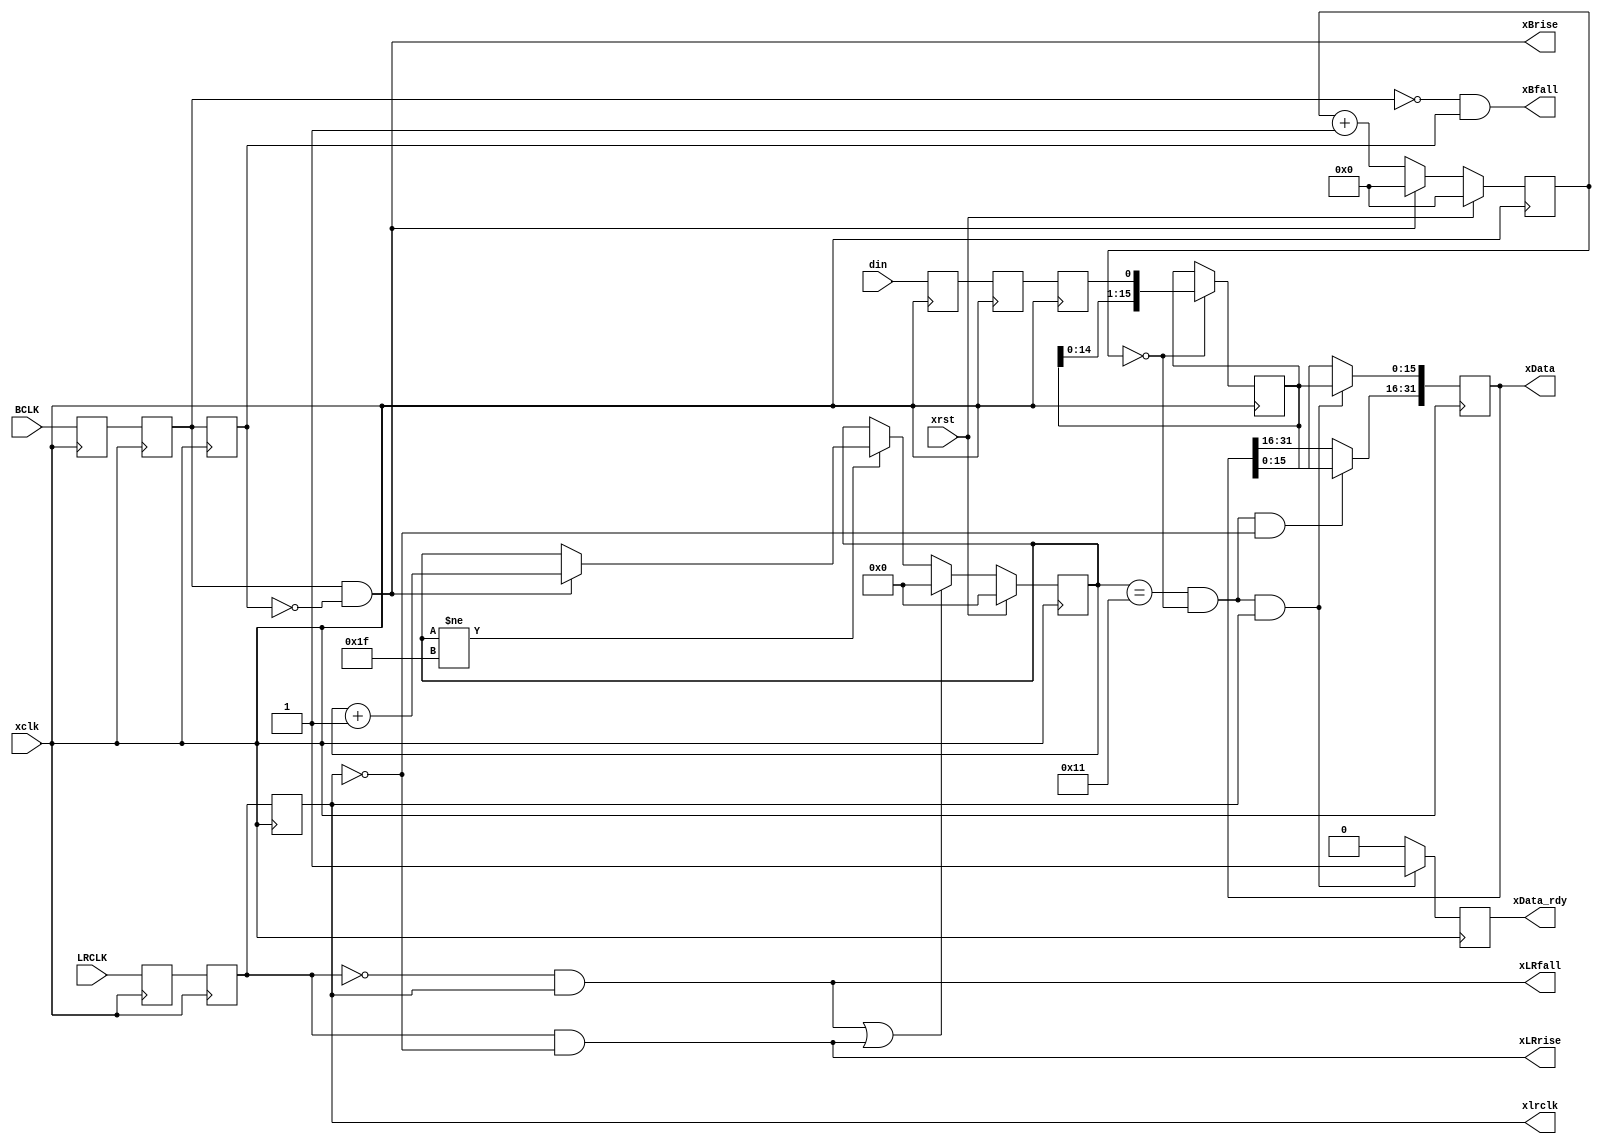
// Copyright 2009  Kirk Weedman KD7IRS 
//
//  HPSDR - High Performance Software Defined Radio
//
//  Mercury to Atlas bus interface.
//
//
//  This program is free software; you can redistribute it and/or modify
//  it under the terms of the GNU General Public License as published by
//  the Free Software Foundation; either version 2 of the License, or
//  (at your option) any later version.
//
//  This program is distributed in the hope that it will be useful,
//  but WITHOUT ANY WARRANTY; without even the implied warranty of
//  MERCHANTABILITY or FITNESS FOR A PARTICULAR PURPOSE.  See the
//  GNU General Public License for more details.
//
//  You should have received a copy of the GNU General Public License
//  along with this program; if not, write to the Free Software
//  Foundation, Inc., 59 Temple Place, Suite 330, Boston, MA  02111-1307  USA
//
// Change log:
//
// 25 Jan 2009 - first version
//
// This is a parameterized module
//
// xLData and xRData are all generated synchronously to xclk.
// Since BCLK and LRCLK are not synchronous to xclk they will be double buffered to
// to the xclk domain
//
`timescale 1 ns/100 ps

module I2S_rcv (xrst, xclk, xlrclk, xBrise, xBfall, xLRrise, xLRfall,
                xData, xData_rdy, BCLK, LRCLK, din);
parameter DATA_BITS = 32;           // size of left plus right data - MUST be EVEN number!
parameter BCNT      = 1;            // which b_clk, after lr_clk goes low, to start using
parameter DSTRB     = 0;            // which position in b_clk to grab data
// BCNT and DS can fine tune where we capture

localparam XS = DATA_BITS;
localparam DS = DATA_BITS/2;        // size of left/right data
localparam SS = clogb2(DS+BCNT+1);  // number of bits to hold range from 0 - ((DS+BCNT+1)-1)

input   wire          xrst;         // reset
input   wire          xclk;
output  reg           xlrclk;
output  wire          xBrise;
output  wire          xBfall;
output  wire          xLRrise;
output  wire          xLRfall;
output  reg  [XS-1:0] xData;        // {Left,Righ} data
output  reg           xData_rdy;    // one xclk wide pulse
input   wire          BCLK;         // not in xclk domain
input   wire          LRCLK;        // not in xclk domain
input   wire          din;          // data synchronous to BCLK/LRCLK

// internal signals
reg  [SS-1:0] shift_cnt;          // shift counter
reg  [DS-1:0] temp_data;          // holds DOUT
reg           b_clk;              // in the "xclk" domain
reg           bc1, bc0, lr1, lr0; // used in getting BCLK/LRCLK into "xclk" domain
reg     [9:0] b_clk_cnt;          // how many xclk's after rising edge of b_clk to grab din
reg           d2, d1, d0;

localparam IF_TPD = 1;
localparam I2S_IDLE  = 0,
           I2S_LEFT  = 1,
           I2S_RIGHT = 2;

assign xBrise  =  bc1 & !b_clk;
assign xBfall  = !bc1 &  b_clk;
assign xLRrise =  lr1 & !xlrclk;
assign xLRfall = !lr1 &  xlrclk;

always @ (posedge xclk)
begin
  if (xrst)
    b_clk_cnt <= #IF_TPD 0;
  else if (xBrise)
    b_clk_cnt <= #IF_TPD 0; // rising edge - reset position
  else
    b_clk_cnt <= #IF_TPD b_clk_cnt + 1'b1; // 0, 1, ...

  if (b_clk_cnt == DSTRB) // DSTRB should be small enough so this happens once every BCLK cycle
    temp_data[DS-1:0] <= {temp_data[DS-2:0], d2};

  {d2, d1, d0}        <= #IF_TPD {d1, d0, din};
  {b_clk,  bc1, bc0}  <= #IF_TPD {bc1, bc0, BCLK};
  {xlrclk, lr1, lr0}  <= #IF_TPD {lr1, lr0, LRCLK};

  if (xrst)
    shift_cnt <= #IF_TPD 0;
  else if (xLRfall || xLRrise)
    shift_cnt <= #IF_TPD 0;
  else if (shift_cnt != {SS{1'b1}}) // wait here so we dont accidentally reload xLData & xRData
  begin
    if (xBrise)
      shift_cnt <= #IF_TPD shift_cnt + 1'b1;
  end

  if ((shift_cnt == (DS+BCNT)) && (b_clk_cnt == DSTRB) && !xlrclk)
    xData[XS-1:DS]  <= #IF_TPD temp_data;

  if ((shift_cnt == (DS+BCNT)) && (b_clk_cnt == DSTRB) && xlrclk)
    xData[DS-1:0]  <= #IF_TPD temp_data;

  if ((shift_cnt == (DS+BCNT)) && (b_clk_cnt == DSTRB) && xlrclk)
    xData_rdy <= 1'b1;
  else
    xData_rdy <= 1'b0;
end

function integer clogb2;
input [31:0] depth;
begin
  for(clogb2=0; depth>0; clogb2=clogb2+1)
  depth = depth >> 1;
end
endfunction

endmodule